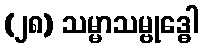
(၂၈) သမ္မာသမ္ဗုဒ္ဓေါ